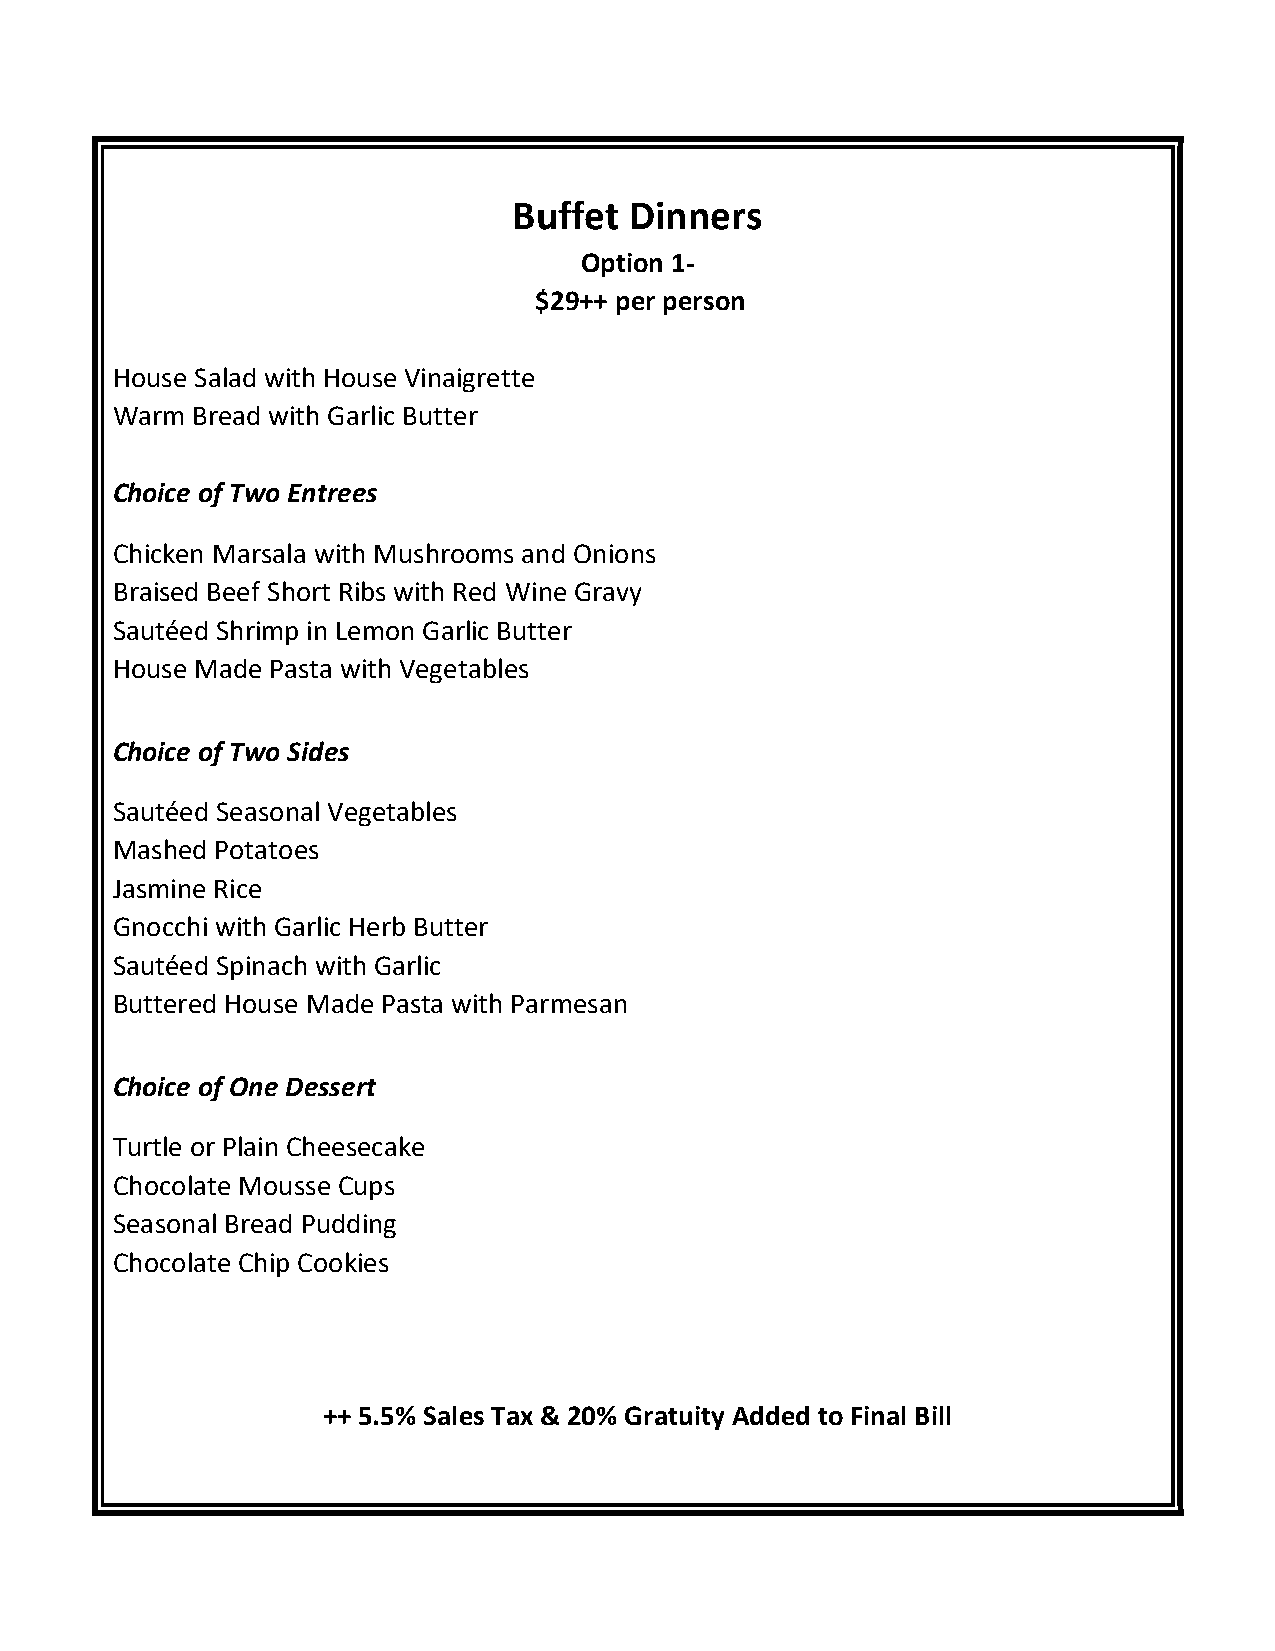
Buffet  Dinners
 Option 1-
 $29++ per person
 House Salad with House Vinaigrette
 Warm  Bread with Garlic Butter
 Choice of Two Entrees
 Chicken Marsala with Mushrooms and Onions
 Braised Beef Short Ribs with Red Wine Gravy
 Sautéed Shrimp in Lemon Garlic Butter
 House Made Pasta with Vegetables
 Choice of Two Sides
 Sautéed Seasonal Vegetables
 Mashed Potatoes
 Jasmine Rice
 Gnocchi with Garlic Herb Butter
 Sautéed Spinach with Garlic
 Buttered House Made Pasta with Parmesan
 Choice of One Dessert
 Turtle or Plain Cheesecake
 Chocolate Mousse Cups
 Seasonal Bread Pudding
 Chocolate Chip Cookies
 ++ 5.5% Sales Tax & 20% Gratuity Added to Final Bill